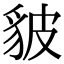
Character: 䝛